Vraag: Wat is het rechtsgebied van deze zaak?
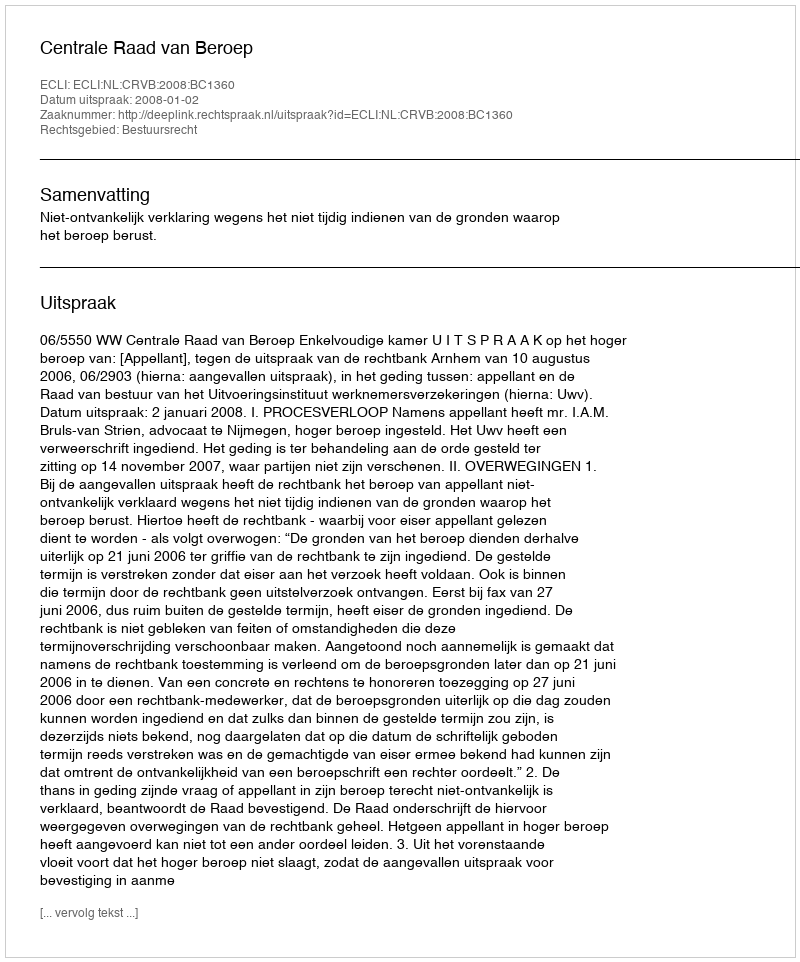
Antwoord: Bestuursrecht